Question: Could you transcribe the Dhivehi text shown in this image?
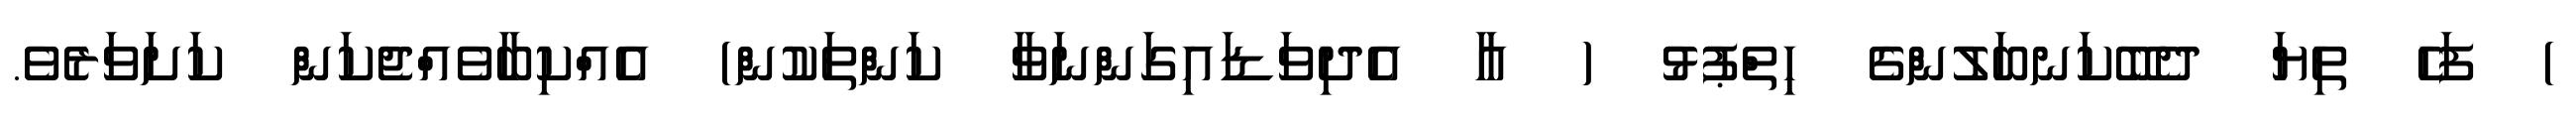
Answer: ) ފަހެ ތިޔަ ދެބޭކަނބަލުންގެ ހިތްޕުޅު ( އާ އެދިވަޑައިގަންނަވާ ކަންތަކުން) އެއްކިބާވެއްޖެކަން ކަށަވަރެވެ.